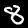
Label: 8